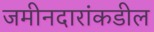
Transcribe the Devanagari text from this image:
जमीनदारांकडील